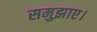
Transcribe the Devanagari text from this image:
समुझाए।